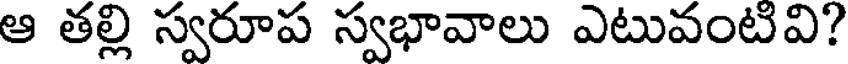
ఆ తల్లి స్వరూప స్వభావాలు ఎటువంటివి?